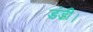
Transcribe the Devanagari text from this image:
डंडी।